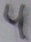
Text: 4